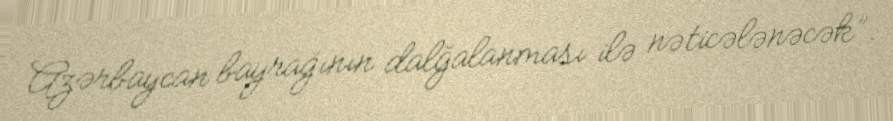
Azərbaycan bayrağının dalğalanması ilə nəticələnəcək”.